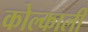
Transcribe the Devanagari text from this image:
कोल्काली